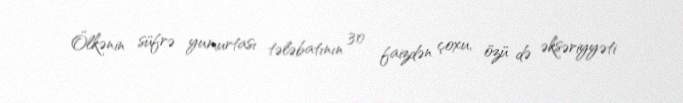
Ölkənin süfrə yumurtası tələbatının 30 faizdən çoxu, özü də əksəriyyəti